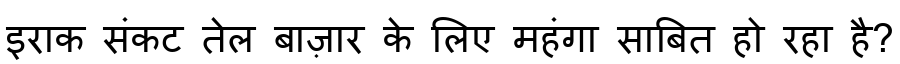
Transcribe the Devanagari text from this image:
इराक संकट तेल बाज़ार के लिए महंगा साबित हो रहा है?